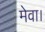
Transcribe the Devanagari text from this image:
मेवा।